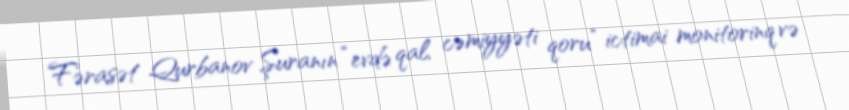
Fərasət Qurbanov Şuranın “evdə qal, cəmiyyəti qoru” ictimai monitorinq və